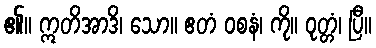
၏။ ဣတိအာဒိ၊ သော။ ဧတံ ဝစနံ၊ ကို။ ဝုတ္တံ၊ ပြီ။